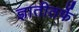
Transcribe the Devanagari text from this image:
ज्ञातीतर्फे